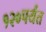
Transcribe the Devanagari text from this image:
१२०पर्यंत